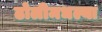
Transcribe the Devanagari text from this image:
ढोलीमधल्या